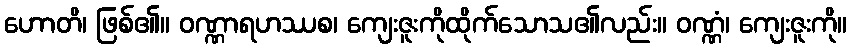
ဟောတိ၊ ဖြစ်၏။ ဝဏ္ဏာရဟဿစ၊ ကျေးဇူးကိုထိုက်သောသ၏လည်း။ ဝဏ္ဏံ၊ ကျေးဇူးကို။